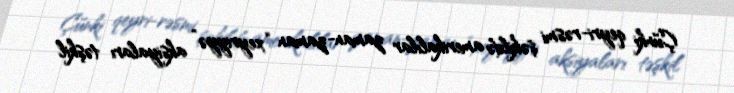
Çünki qeyri-rəsmi şəkildə amerikalılar zaman-zaman “xeyriyyə” aksiyaları təşkil